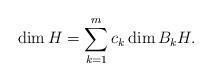
LaTeX: \begin{align*} \dim H = \sum_{k=1}^m c_k \dim B_k H. \end{align*}